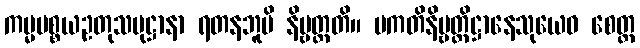
ကမ္မပစ္စယဥတုသမုဋ္ဌာနာ ရတနဘူမိ နိဗ္ဗတ္တတိ။ ပကတိနိဗ္ဗတ္တိဋ္ဌာနေသုယေဝ စေတ္ထ